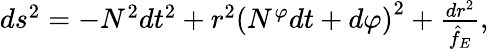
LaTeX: \begin{array}{r}{ds^{2}=-N^{2}dt^{2}+r^{2}\left(N^{\varphi}dt+d\varphi\right)^{2}+\frac{dr^{2}}{\hat{f}_{E}},}\end{array}